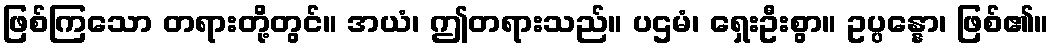
ဖြစ်ကြသော တရားတို့တွင်။ အယံ၊ ဤတရားသည်။ ပဌမံ၊ ရှေးဦးစွာ။ ဥပ္ပန္နော၊ ဖြစ်၏။